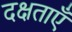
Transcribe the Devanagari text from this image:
दक्षताएँ